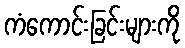
ကံကောင်းခြင်းများကို